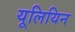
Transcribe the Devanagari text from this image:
यूलियिन